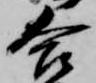
合